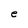
Character: e